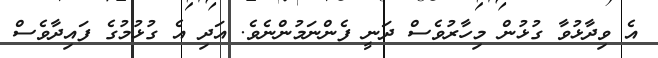
އެ ވިދާޅުވާ ގުޅުން މިހާރުވެސް ދަނީ ފެންނަމުންނެވެ. އަދި އެ ގުޅުމުގެ ފައިދާވެސް